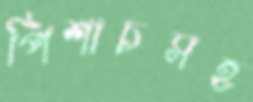
পিশাচসহ